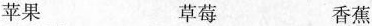
苹果 草莓 香蕉